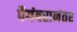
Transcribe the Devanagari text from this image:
पैगंबरानंतर